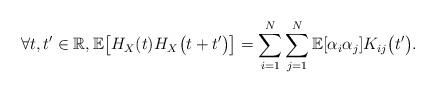
LaTeX: \begin{align*}\forall t,t'\in\mathbb{R},\mathbb{E}\bigl[ H_{X}(t)H_{X}\bigl(t+t'\bigr)\bigr]=\sum_{i=1}^N\sum_{j=1}^N\mathbb{E}[ \alpha_i\alpha_j]K_{ij}\bigl(t'\bigr).\end{align*}